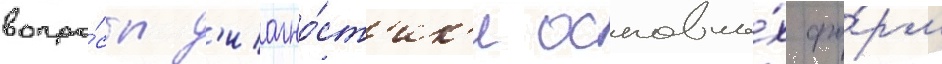
вопро́сы д'иагно́ст'ик'и основны́х фо́рм